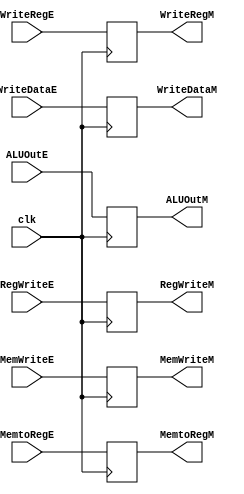
module EM_flipflop (
 input  wire        clk,
 input  wire [31:0] ALUOutE,
 input  wire [31:0] WriteDataE,
 input  wire [4:0] WriteRegE,
 input  wire       RegWriteE,
 input  wire       MemtoRegE,
 input  wire       MemWriteE,

 output reg [31:0] ALUOutM,
 output reg [31:0] WriteDataM,
 output reg [4:0] WriteRegM,
 output reg       RegWriteM,
 output reg       MemtoRegM,
 output reg       MemWriteM
 

);
//----------------------------------------  
  
always@(posedge clk)
begin
    ALUOutM<=ALUOutE;
    WriteDataM<=WriteDataE;    
    WriteRegM<=WriteRegE;    
    RegWriteM<=RegWriteE;    
    MemtoRegM<=MemtoRegE;    
    MemWriteM<=MemWriteE; 
  
end  
  
endmodule